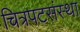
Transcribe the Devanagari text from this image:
चित्रपटसंस्था